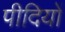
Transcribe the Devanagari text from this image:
पीदियों